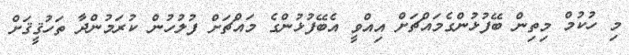
މި ހުކުމް މިތިން ބޭފުޅުންގެމައްޗަށް އިއްްވީ އެބޭފުޅުންގެ މައްޗަށް ފުލުހުން ކުރަމުންދާ ތަހުޤީޤަށް